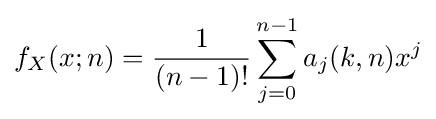
f_{X}(x;n)={\frac {1}{(n-1)!}}\sum _{j=0}^{n-1}a_{j}(k,n)x^{j}